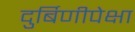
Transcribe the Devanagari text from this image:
दुर्बिणीपेक्षा